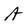
Character: A